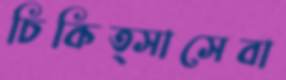
চিকিত্সাসেবা